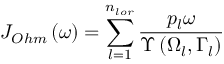
{ { J } _ { O h m } } \left( \omega \right) = \sum _ { l = 1 } ^ { { { n } _ { l o r } } } { \frac { { { p } _ { l } } \omega } { \Upsilon \left( { { \Omega } _ { l } } , { { \Gamma } _ { l } } \right) } }